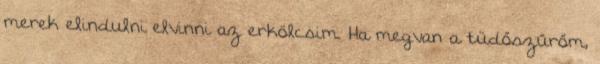
merek elindulni elvinni az erkölcsim. Ha megvan a tüdőszűrőm,